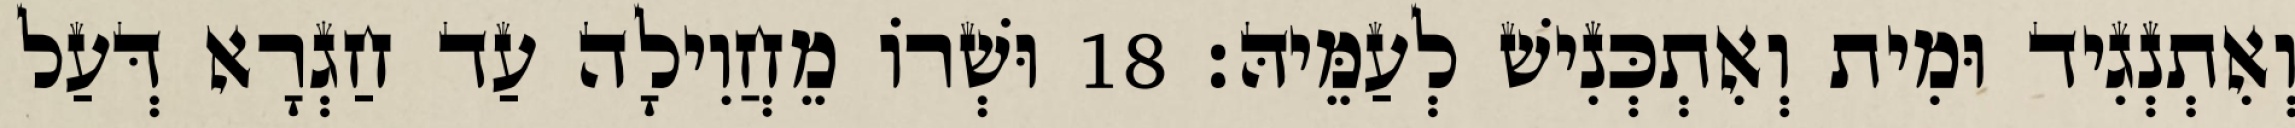
וְאִתְנְגִיד וּמִית וְאִתְכְּנִישׁ לְעַמֵּיהּ׃ 18 וּשְׁרוֹ מֵחֲוִילָה עַד חַגְרָא דְּעַל